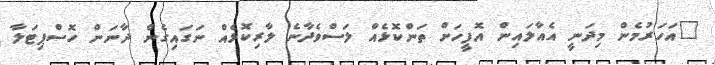
"އަހަރުމެން މިދަނީ އެއާލައިން އޮފީހަށް ތަންކޮޅެއް ލަސްވެދާނެ ލާރިކޮޅެއް ނަގައިގެން ދާނަން ހޮސްޕިޓަލާ